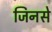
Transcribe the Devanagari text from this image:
जिनसे